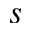
s